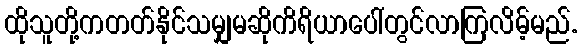
ထိုသူတို့ကတတ်နိုင်သမျှမဆိုကိရိယာပေါ်တွင်လာကြလိမ့်မည်.